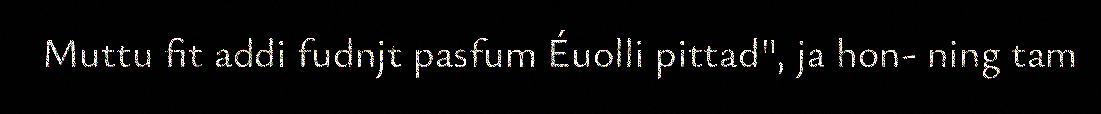
Muttu fit addi fudnjt pasfum Éuolli pittad", ja hon- ning tam